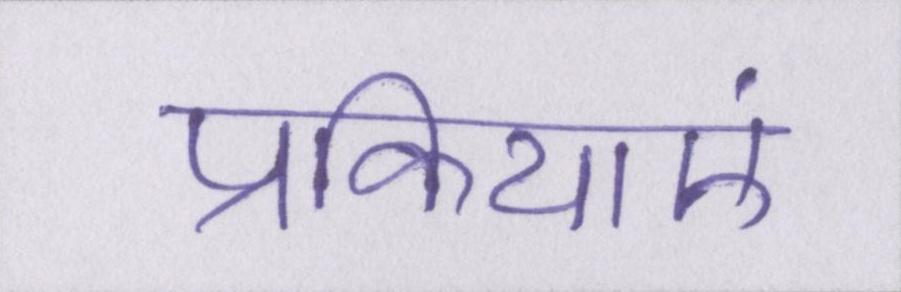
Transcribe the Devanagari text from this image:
प्रक्रियाएं